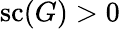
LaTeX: \operatorname{sc}(G)>0